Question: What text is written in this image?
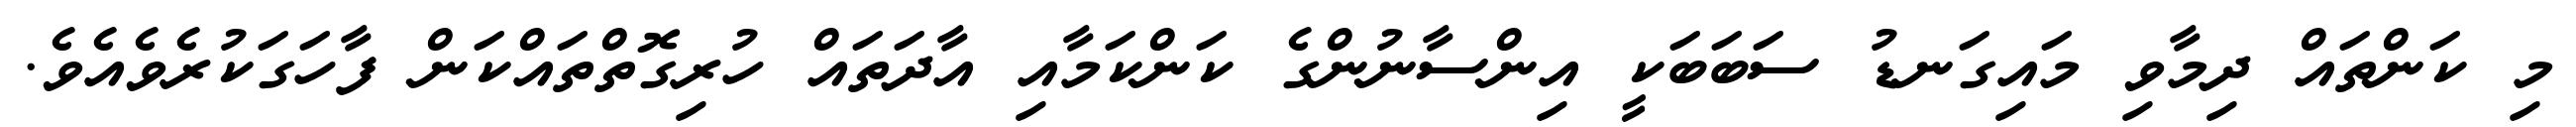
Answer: މި ކަންތައް ދިމާވި މައިގަނޑު ސަބަބަކީ އިންސާނުންގެ ކަންކަމާއި އާދަތައް ހުރިގޮތްތައްކަން ފާހަގަކުރެވެއެވެ.